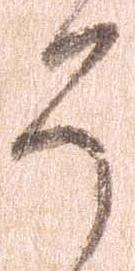
そ